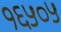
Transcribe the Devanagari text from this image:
१६५०५